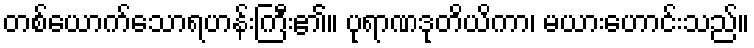
တစ်ယောက်သောရဟန်းကြီး၏။ ပုရာဏဒုတိယိကာ၊ မယားဟောင်းသည်။